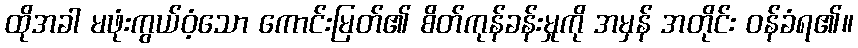
ထိုအခါ မဖုံးကွယ်ဝံ့သော ကောင်းမြတ်၏ စိတ်ကုန်ခန်းမှုကို အမှန် အတိုင်း ဝန်ခံရ၏။